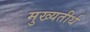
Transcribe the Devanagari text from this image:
मुख्यतीर्थ